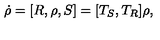
\dot { \rho } = [ R , \rho , S ] = [ T _ { S } , T _ { R } ] \rho ,